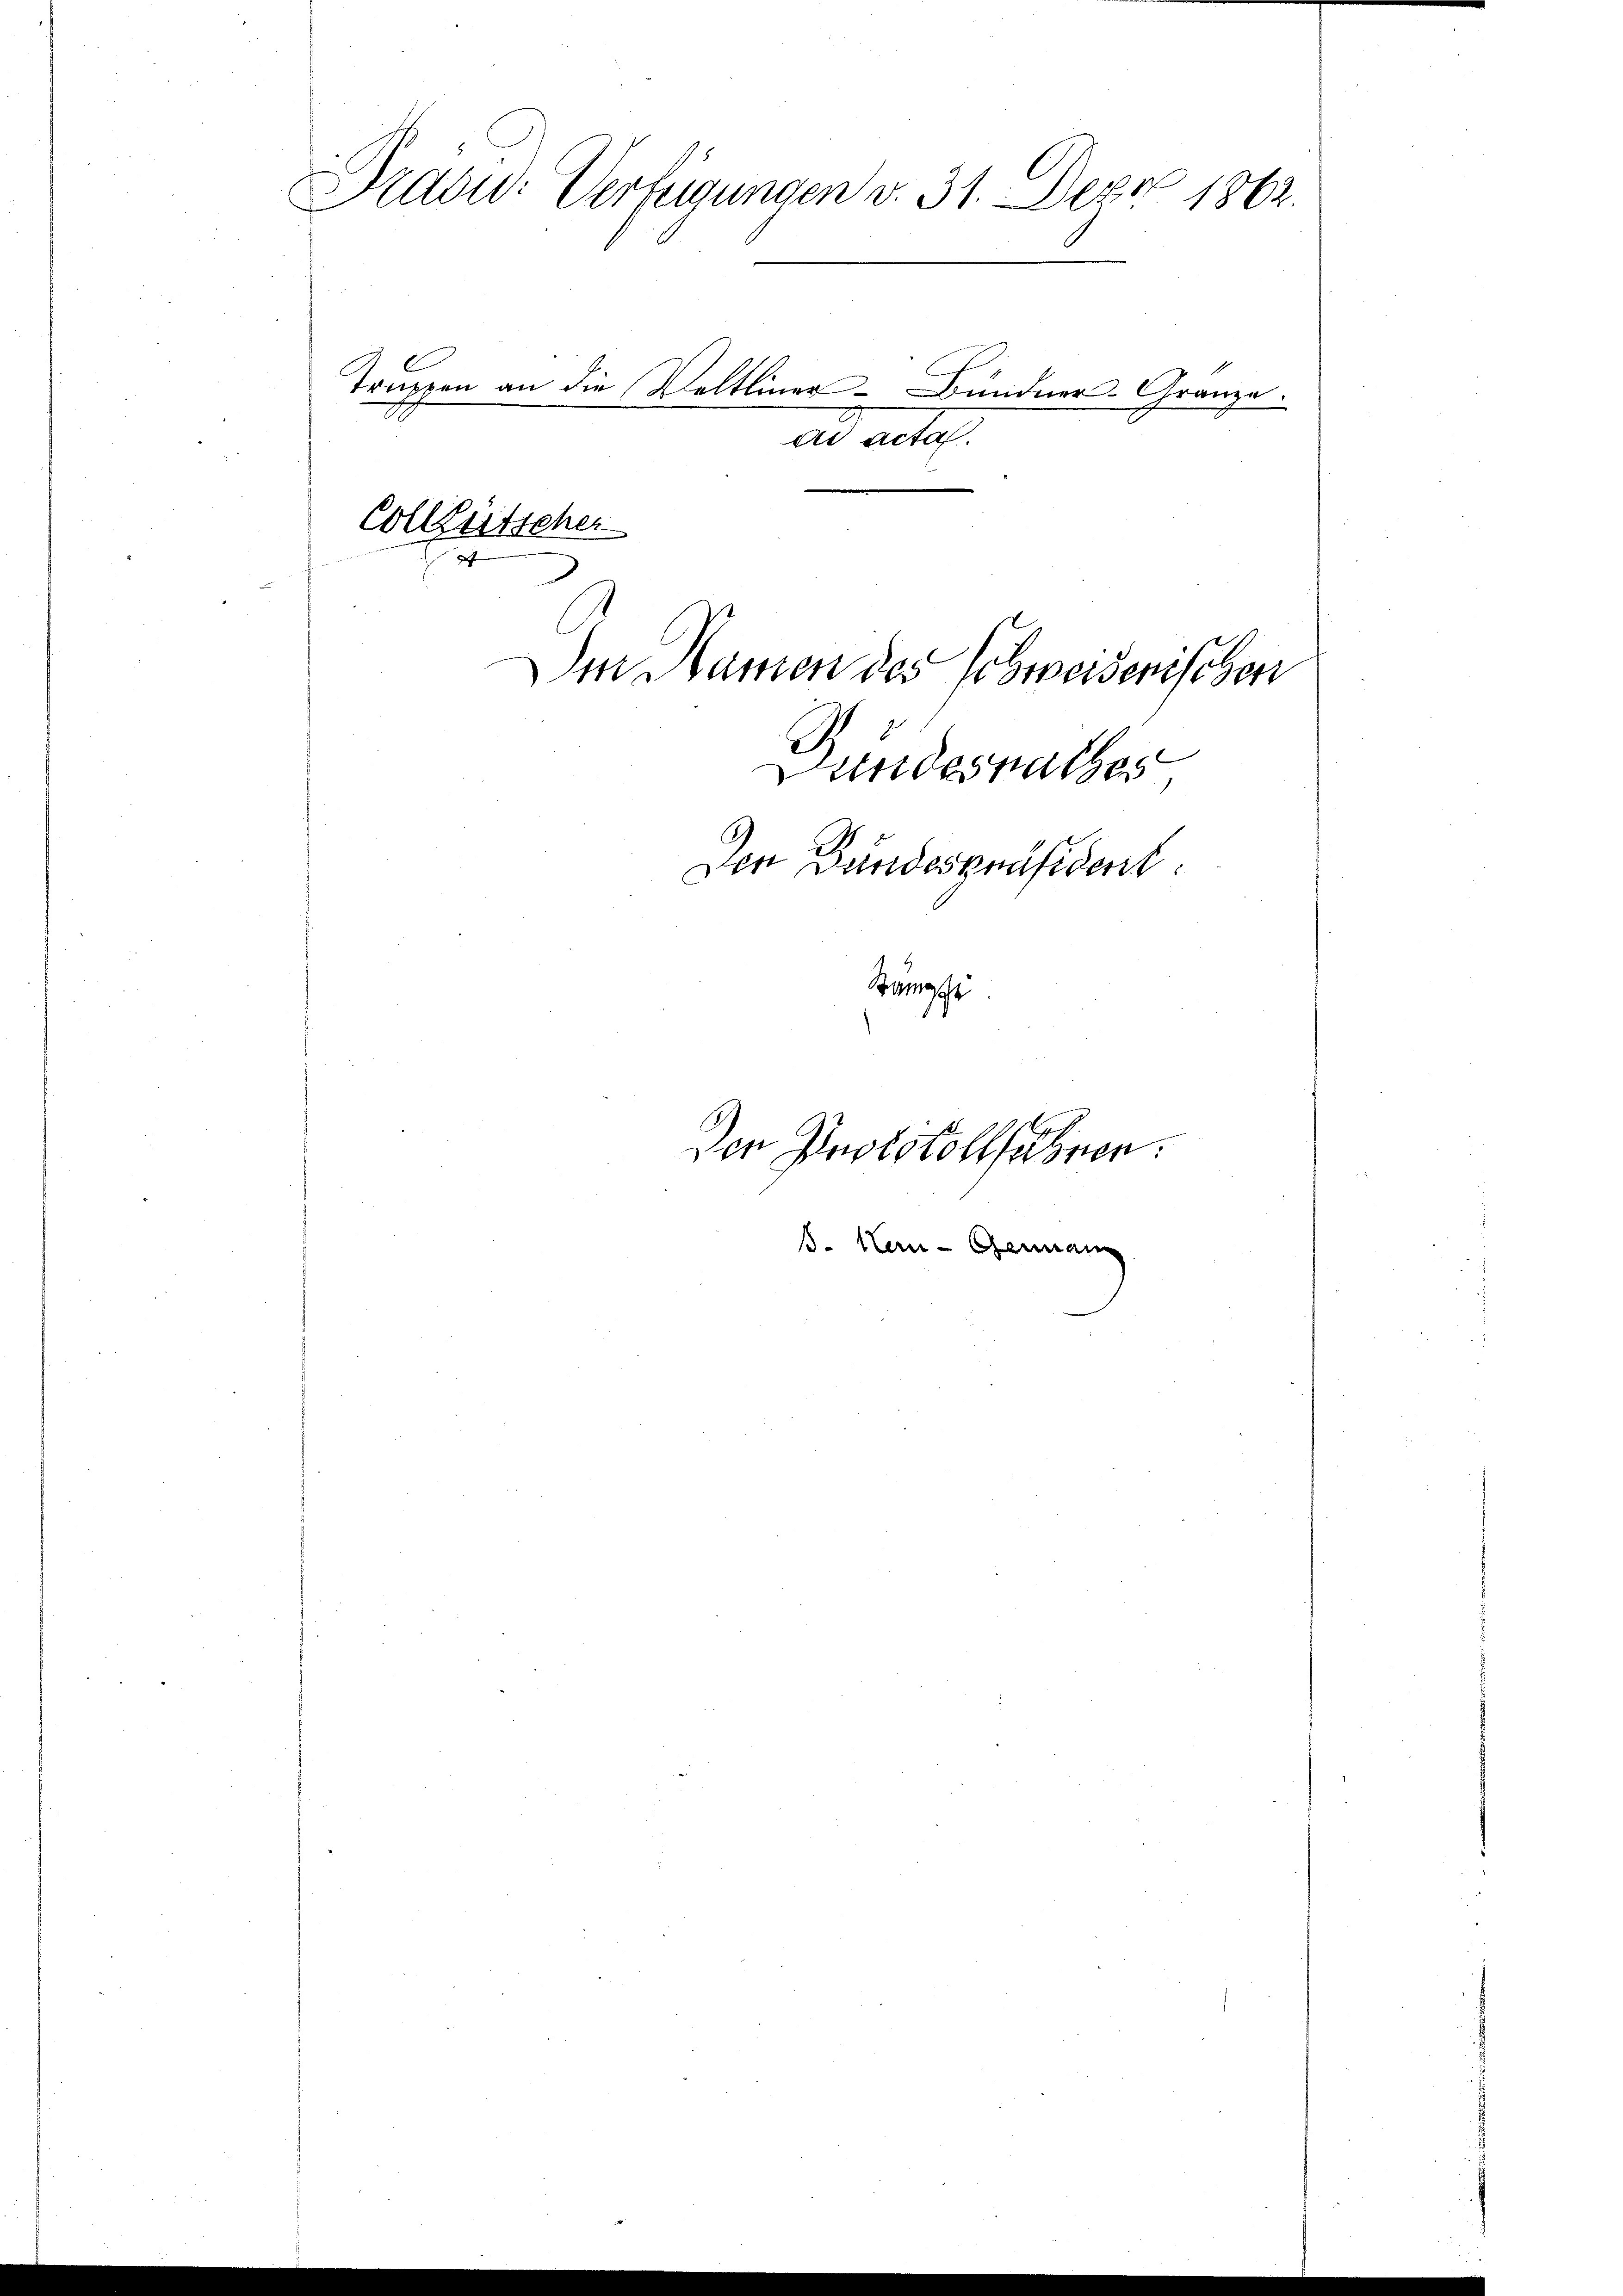
Präsid. Verfügungen v. 31. Dez. 1862.
Truppen an die Veltliner- Bindner-Granze
ad actes.

Der Namen des Schweisenischen
Gundesrathes
Den Bandespräsident
Sangge

Colletscher

Den Protokollfahren.

s. Iten-Germann